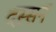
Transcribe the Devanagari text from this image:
दस्सन